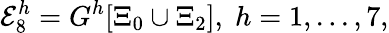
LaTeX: {\cal E}_{8}^{h}=G^{h}[\Xi_{0}\cup\Xi_{2}],\; h=1,...,7,